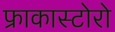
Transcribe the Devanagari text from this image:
फ्राकास्टोरो